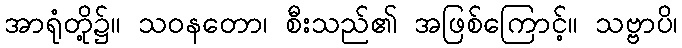
အာရုံတို့၌။ သဝနတော၊ စီးသည်၏ အဖြစ်ကြောင့်။ သဗ္ဗာပိ၊